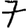
Digit: 7